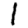
Digit: 1